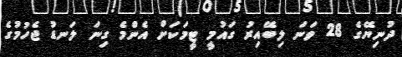
ދުނިޔޭގެ 28 ވަނަ ލިބޭއިރު ގައުމީ ޓީމަކަށް އެންމެ ގިނަ ލަނޑު ޖެހުމުގެ